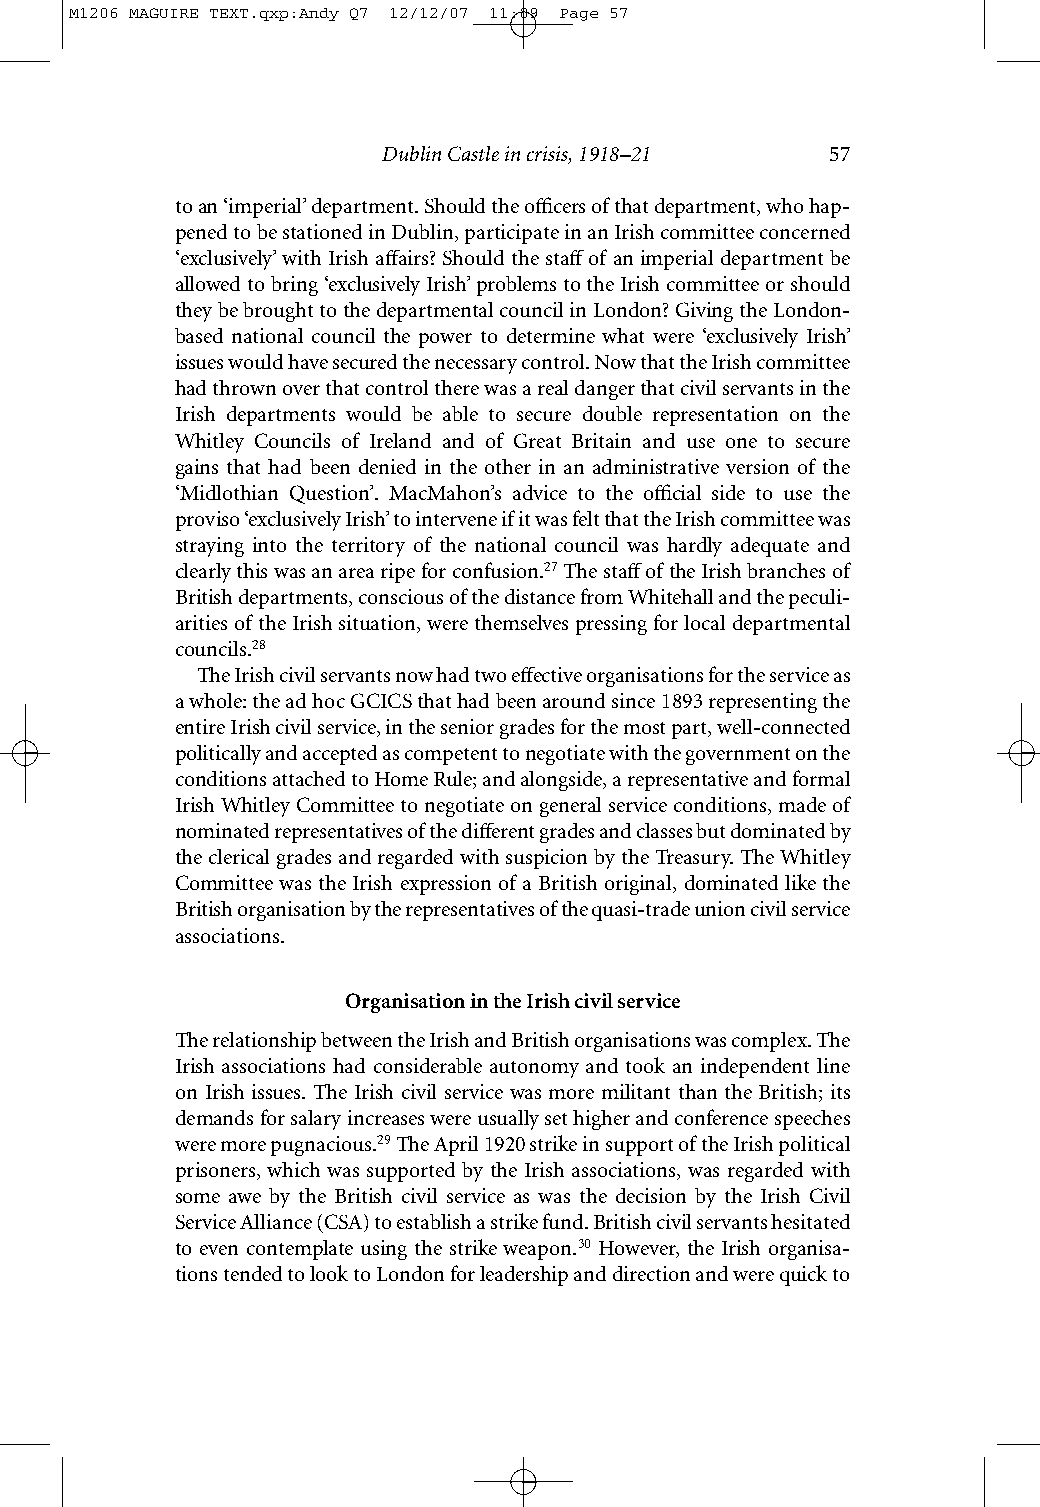
M1206 MAGUIRE TEXT.qxp:Andy Q7 12/12/07 11:09 Page 57
 Dublin Castle in crisis, 1918–21 57
 to an ‘imperial’ department. Should the officers of that department, who hap-
 pened to be stationed in Dublin, participate in an Irish committee concerned
 ‘exclusively’ with Irish affairs? Should the staff of an imperial department be
 allowed to bring ‘exclusively Irish’ problems to the Irish committee or should
 they be brought to the departmental council in London? Giving the London-
 based national council the power to determine what were ‘exclusively Irish’
 issues would have secured the necessary control. Now that the Irish committee
 had thrown over that control there was a real danger that civil servants in the
 Irish departments would be able to secure double representation on the
 Whitley Councils of Ireland and of Great Britain and use one to secure
 gains that had been denied in the other in an administrative version of the
 ‘Midlothian Question’. MacMahon’s advice to the official side to use the
 proviso ‘exclusively Irish’ to intervene if it was felt that the Irish committee was
 straying into the territory of the national council was hardly adequate and
 clearly this was an area ripe for confusion.27The staffof the Irish branches of
 British departments, conscious of the distance from Whitehall and the peculi-
 arities of the Irish situation, were themselves pressing for local departmental
 councils.28
 The Irish civil servants now had two effective organisations for the service as
 a whole: the ad hoc GCICS that had been around since 1893 representing the
 entire Irish civil service, in the senior grades for the most part, well-connected
 politically and accepted as competent to negotiate with the government on the
 conditions attached to Home Rule; and alongside, a representative and formal
 Irish Whitley Committee to negotiate on general service conditions, made of
 nominated representatives of the different grades and classes but dominated by
 the clerical grades and regarded with suspicion by the Treasury. The Whitley
 Committee was the Irish expression of a British original, dominated like the
 British organisation by the representatives of the quasi-trade union civil service
 associations.
 Organisation in the Irish civil service
 The relationship between the Irish and British organisations was complex. The
 Irish associations had considerable autonomy and took an independent line
 on Irish issues. The Irish civil service was more militant than the British; its
 demands for salary increases were usually set higher and conference speeches
 were more pugnacious.29The April 1920 strike in support of the Irish political
 prisoners, which was supported by the Irish associations, was regarded with
 some awe by the British civil service as was the decision by the Irish Civil
 Service Alliance (CSA) to establish a strike fund. British civil servants hesitated
 to even contemplate using the strike weapon.30 However, the Irish organisa-
 tions tended to look to London for leadership and direction and were quick to